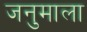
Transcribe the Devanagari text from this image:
जनुमाला